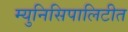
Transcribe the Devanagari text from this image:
म्युनिसिपालिटीत